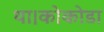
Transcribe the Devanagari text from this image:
था।कोकोडा